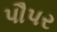
પૌપર